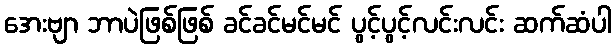
အေးဗျာ ဘာပဲဖြစ်ဖြစ် ခင်ခင်မင်မင် ပွင့်ပွင့်လင်းလင်း ဆက်ဆံပါ